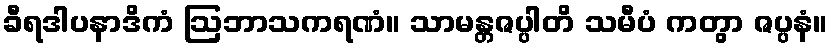
ခီရဒါပနာဒိကံ ဩဘာသကရဏံ။ သာမန္တဇပ္ပါတိ သမီပံ ကတွာ ဇပ္ပနံ။